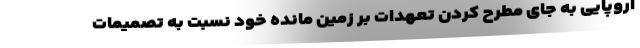
اروپایی به جای مطرح کردن تعهدات بر زمین مانده خود نسبت به تصمیمات